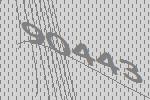
90443